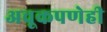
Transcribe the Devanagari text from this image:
अचूकपणेही